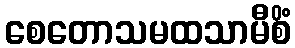
စေတောသမထသာမီစိံ